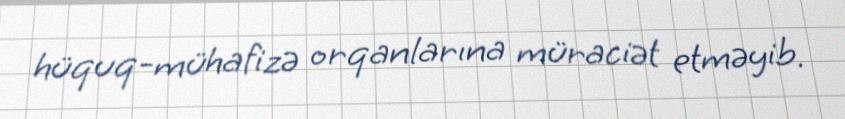
hüquq-mühafizə orqanlarına müraciət etməyib.